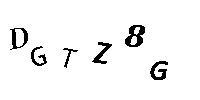
DGTZ8G